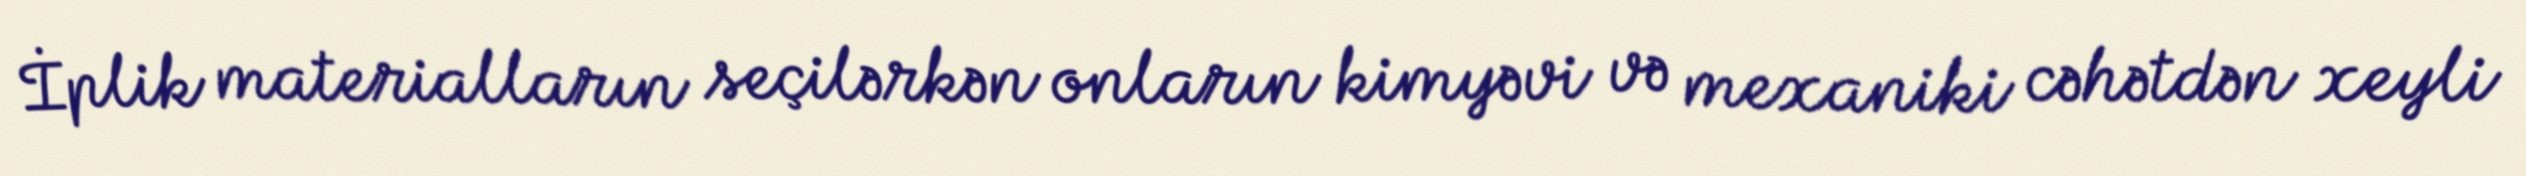
İplik materialların seçilərkən onların kimyəvi və mexaniki cəhətdən xeyli